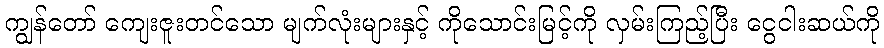
ကျွန်တော် ကျေးဇူးတင်သော မျက်လုံးများနှင့် ကိုသောင်းမြင့်ကို လှမ်းကြည့်ပြီး ငွေငါးဆယ်ကို